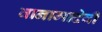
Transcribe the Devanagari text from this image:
वानामादेवी